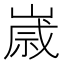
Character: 𡻕